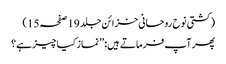
(کشتی نوح روحانی خزائن جلد 19صفحہ15)
پھر آپ فرماتے ہیں: ’’نماز کیا چیز ہے؟